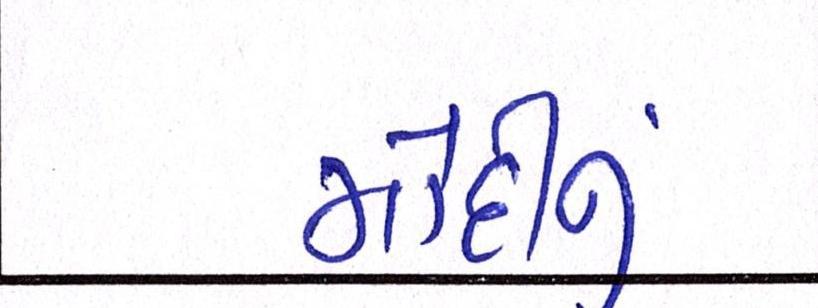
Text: મોદીનુ